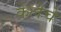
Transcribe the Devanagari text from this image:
केलेचे